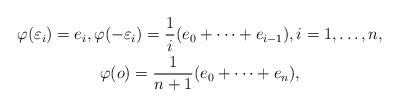
LaTeX: \begin{gather*}\varphi(\varepsilon_i)=e_i,\varphi(-\varepsilon_i)=\frac{1}{i}(e_0+\cdots+e_{i-1}),i=1,\ldots,n,\\\varphi(o)=\frac{1}{n+1}(e_0+\cdots+e_n),\end{gather*}